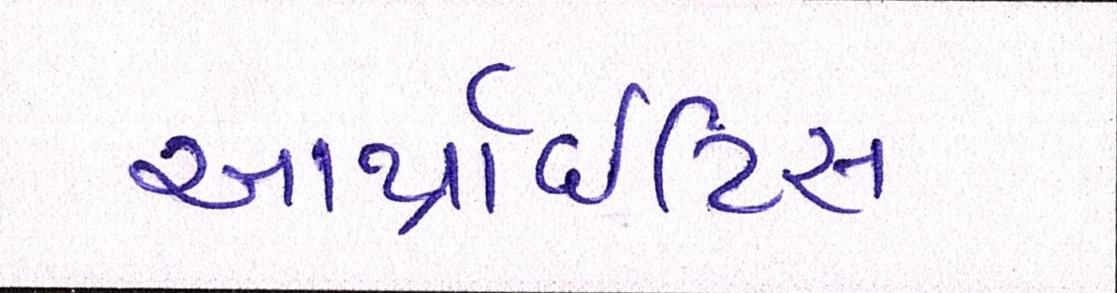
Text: આર્થ્રાઈટિસ